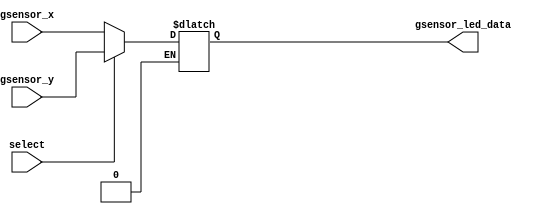
// selects between the x and y values from gsensor

module x_y_gsensor_multiplexer(
	input [7:0] gsensor_x, gsensor_y,
	input select,
	output reg [7:0] gsensor_led_data
	);
	
	always@(select)
	begin
		if(select == 1'b0)
		begin
			gsensor_led_data = gsensor_x;
		end
		if(select == 1'b1)
		begin
			gsensor_led_data = gsensor_y;
		end
	end
	
endmodule